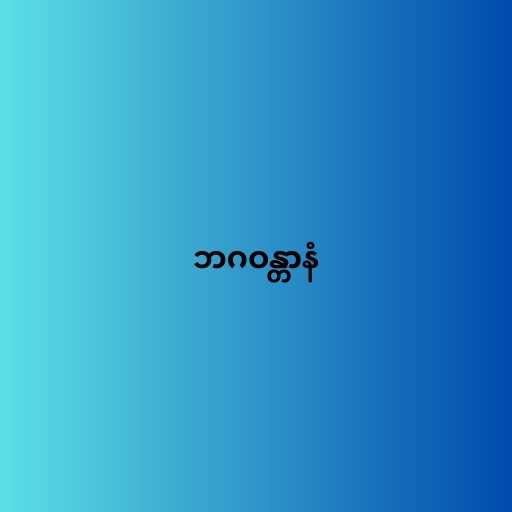
ဘဂဝန္တာနံ